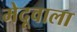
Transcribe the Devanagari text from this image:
मेदूवाला